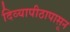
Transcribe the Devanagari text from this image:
दिव्यापीठापासून